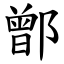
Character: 鄫